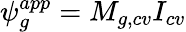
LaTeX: \psi_{g}^{app}=M_{g,cv}I_{cv}